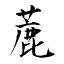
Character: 蔍